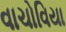
વાચોવિયા